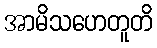
အာမိသဟေတူတိ